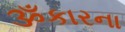
ૐકારના